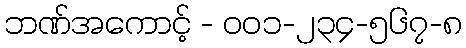
ဘဏ်အကောင့် - ၀၀၁-၂၃၄-၅၆၇-၈